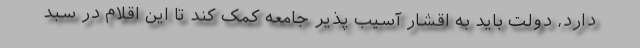
دارد، دولت باید به اقشار آسیب پذیر جامعه کمک کند تا این اقلام در سبد